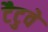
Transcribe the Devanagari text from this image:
टैटुवे